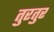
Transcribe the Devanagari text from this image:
तुरतुर